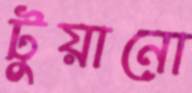
টুয়ানো